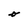
Character: o